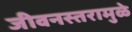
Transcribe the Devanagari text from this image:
जीवनस्तरामुळे